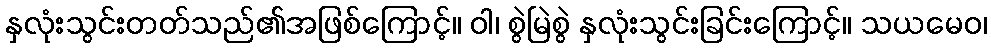
နှလုံးသွင်းတတ်သည်၏အဖြစ်ကြောင့်။ ဝါ၊ စွဲမြဲစွဲ နှလုံးသွင်းခြင်းကြောင့်။ သယမေဝ၊